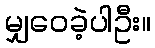
မျှဝေခဲ့ပါဦး။